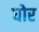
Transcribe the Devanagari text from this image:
धोर